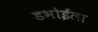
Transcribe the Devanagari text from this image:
डभोईला